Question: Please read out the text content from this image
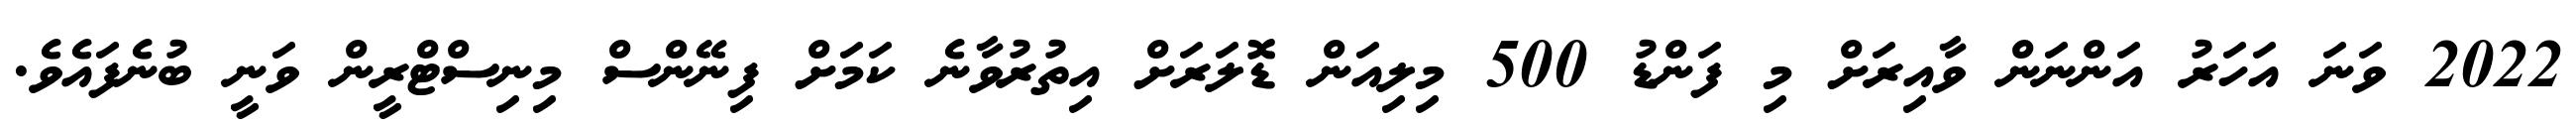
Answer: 2022 ވަނަ އަހަރު އަންނަން ވާއިރަށް މި ފަންޑު 500 މިލިއަން ޑޮލަރަށް އިތުރުވާނެ ކަމަށް ފިނޭންސް މިނިސްޓްރީން ވަނީ ބުނެފައެވެ.